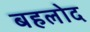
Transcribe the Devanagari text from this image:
बहलोद